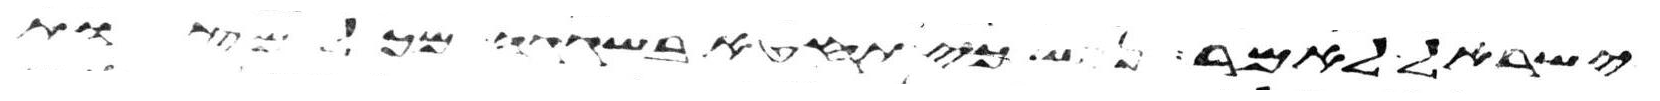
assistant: ישראל לאמר נפש כי תחטא בשגגה מכל מצות